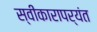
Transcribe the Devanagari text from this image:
स्वीकारापर्यंत